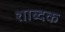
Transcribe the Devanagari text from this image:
शाब्दक